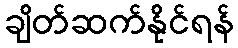
ချိတ်ဆက်နိုင်ရန်